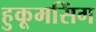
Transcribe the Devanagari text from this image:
हुकूमसिंग